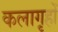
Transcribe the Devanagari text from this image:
कलागृहों